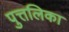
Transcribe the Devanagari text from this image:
पुत्तलिका